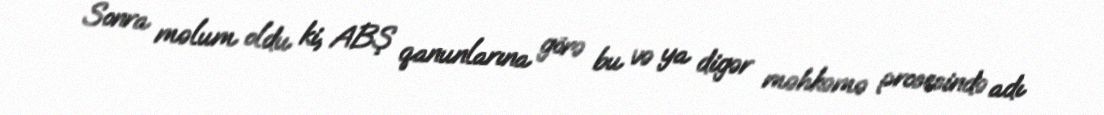
Sonra məlum oldu ki, ABŞ qanunlarına görə bu və ya digər məhkəmə prosesində adı